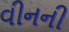
વીનની